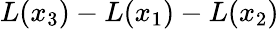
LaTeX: L(x_{3})-L(x_{1})-L(x_{2})